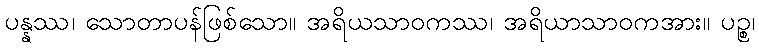
ပန္နဿ၊ သောတာပန်ဖြစ်သော။ အရိယသာဝကဿ၊ အရိယာသာဝကအား။ ပဉ္စ၊